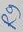
Text: R9